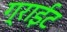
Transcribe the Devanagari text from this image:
ग्राईट